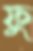
ফু